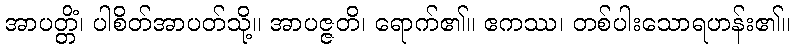
အာပတ္တိံ၊ ပါစိတ်အာပတ်သို့။ အာပဇ္ဇတိ၊ ရောက်၏။ ဧကဿ၊ တစ်ပါးသောရဟန်း၏။